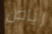
رياض